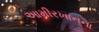
આમીરખાનના